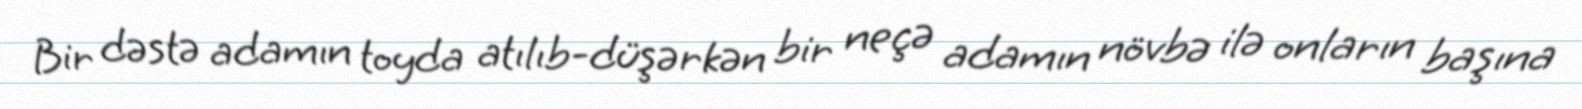
Bir dəstə adamın toyda atılıb-düşərkən bir neçə adamın növbə ilə onların başına